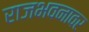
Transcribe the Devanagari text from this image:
राजभवनावर